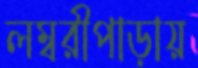
লম্বরীপাড়ায়